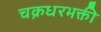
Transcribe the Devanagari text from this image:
चक्रधरभक्ती